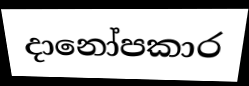
දානෝපකාර